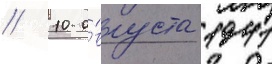
// 10 а́вгуста 1941